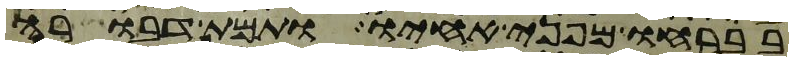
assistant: בברחו מפני אחיו ותמת דבורה